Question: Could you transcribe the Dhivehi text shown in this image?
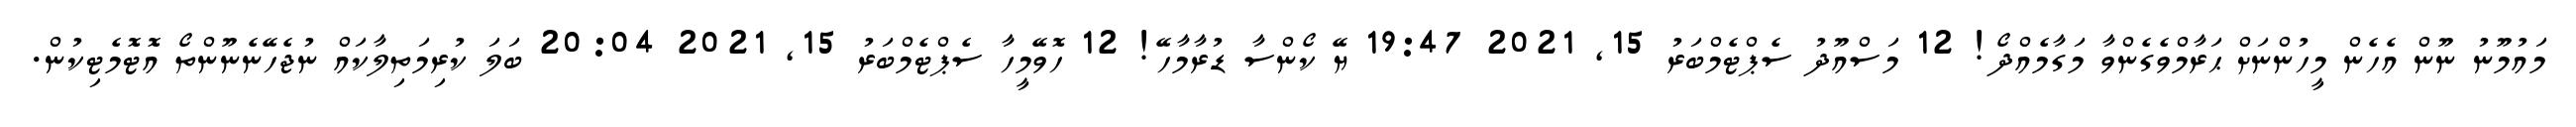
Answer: މައުމޫނު ނޫން އެހެން މީހުންނަށް ޙަރާމްވެގެންވާ މަގާމެއްދޯ! 12 މަސްއޫދު ސެޕްޓެމްބަރު 15, 2021 19:47 ޔޭ ކޯންސާ ޑުރާމާހޭ! 12 ހޮވޭމީހާ ސެޕްޓެމްބަރު 15, 2021 20:04 ބަލަ ކުރިމަތިލާކައް ނުޖެހޭނެނޫންތޯ އޮޓޮމެޓިކުން.